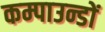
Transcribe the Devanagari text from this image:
कम्पाउन्डों